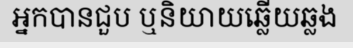
អ្នកបានជួប ឬនិយាយឆ្លើយឆ្លង